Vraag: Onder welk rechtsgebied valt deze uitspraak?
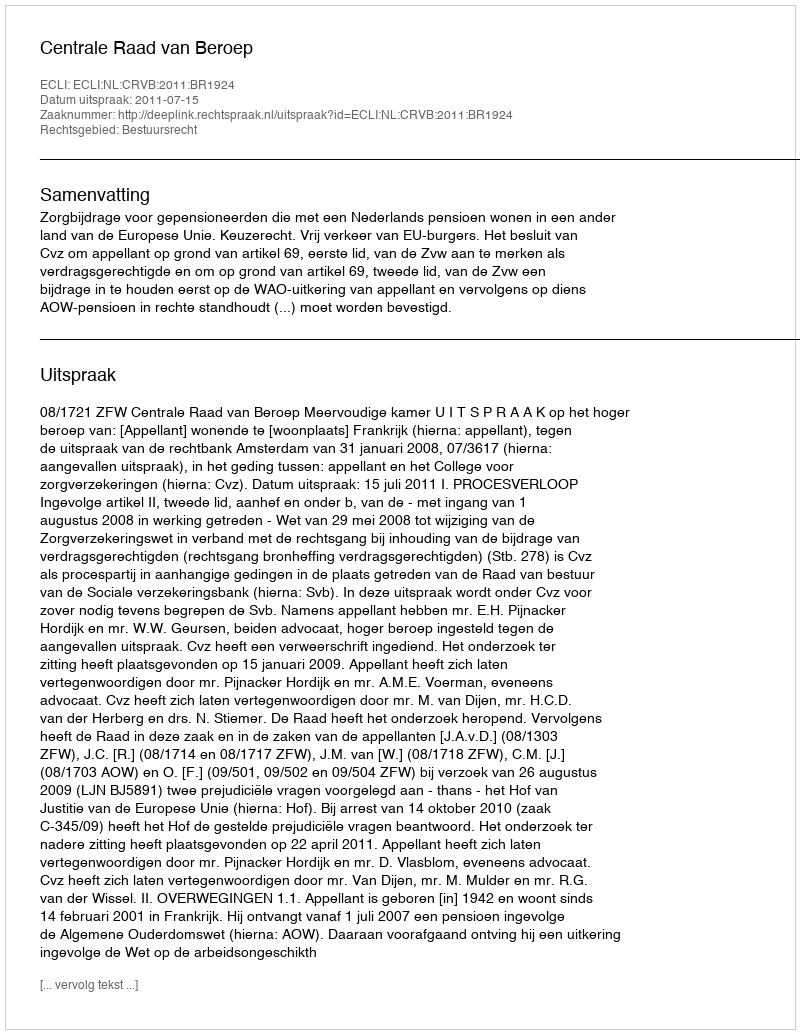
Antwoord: Bestuursrecht